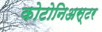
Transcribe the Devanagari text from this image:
कोटोनिअस्टर